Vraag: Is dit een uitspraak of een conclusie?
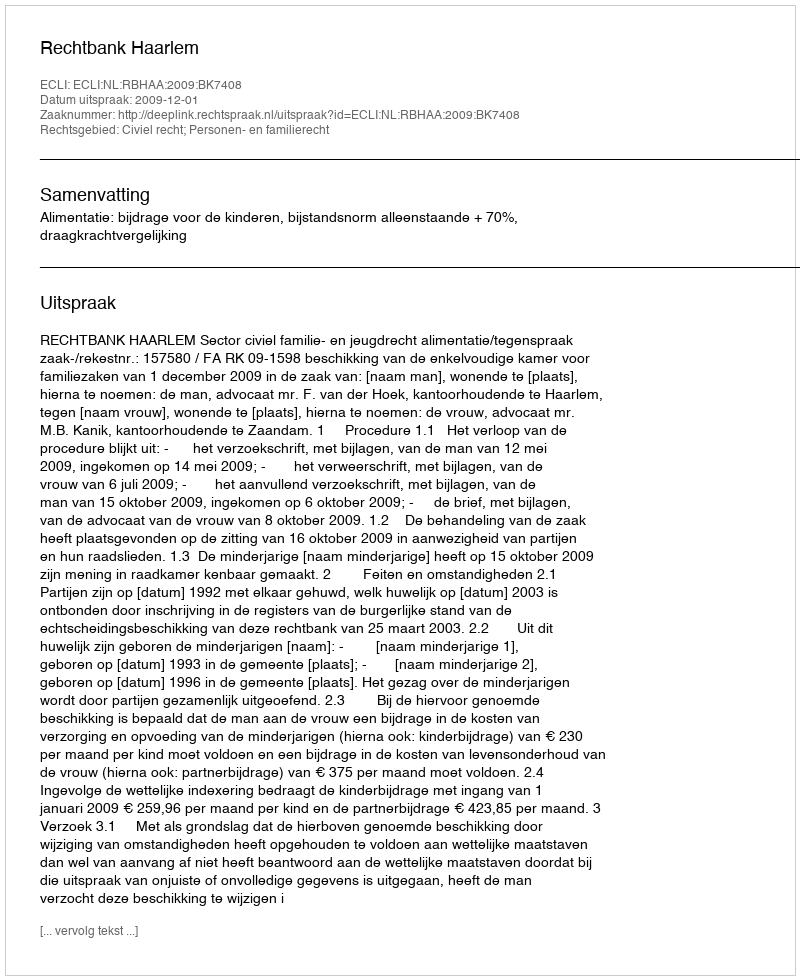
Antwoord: Uitspraak